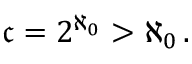
{ \mathfrak { c } } = 2 ^ { \aleph _ { 0 } } > \aleph _ { 0 } \, .